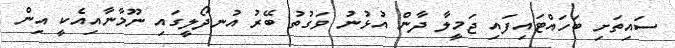
ސައިތަށި ބަހައްޓައިފައި ޖަމީލާ ދާން އުޅުނު ވަގުތު ބޭރު އުނދޯލީގައި ނޫމާނާއިއެކީ އިން